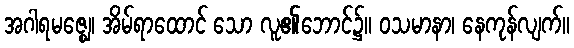
အဂါရမဇ္ဈေ၊ အိမ်ရာထောင် သော လူ၏ဘောင်၌။ ဝသမာနာ၊ နေကုန်လျက်။